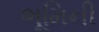
ભૂમિની